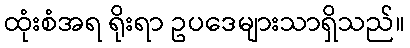
ထုံးစံအရ ရိုးရာ ဥပဒေများသာရှိသည်။